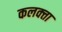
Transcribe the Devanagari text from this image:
कलक्‍त्ता